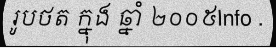
រូបថត ក្នុង ឆ្នាំ ២០០៥Info .